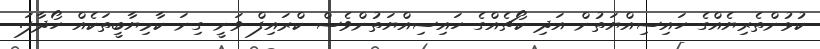
ކުޅުންތެރިޔެއްގެ ހައިސިއްޔަތުން އަދި ކޯޗެއްގެ ހައިސިއްޔަތުންވެސް ކްރައިފް ވަނީ ގިނަ ކާމިޔާބީތަކެއް ހޯދާފަ.